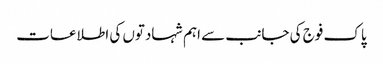
پاک فوج کی جانب سے اہم شہادتوں کی اطلاعات